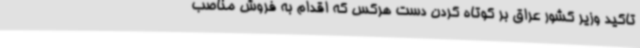
تاکید وزیر کشور عراق بر کوتاه کردن دست هرکس که اقدام به فروش مناصب